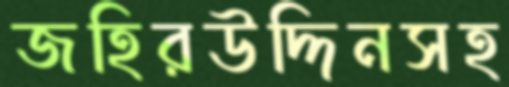
জহিরউদ্দিনসহ